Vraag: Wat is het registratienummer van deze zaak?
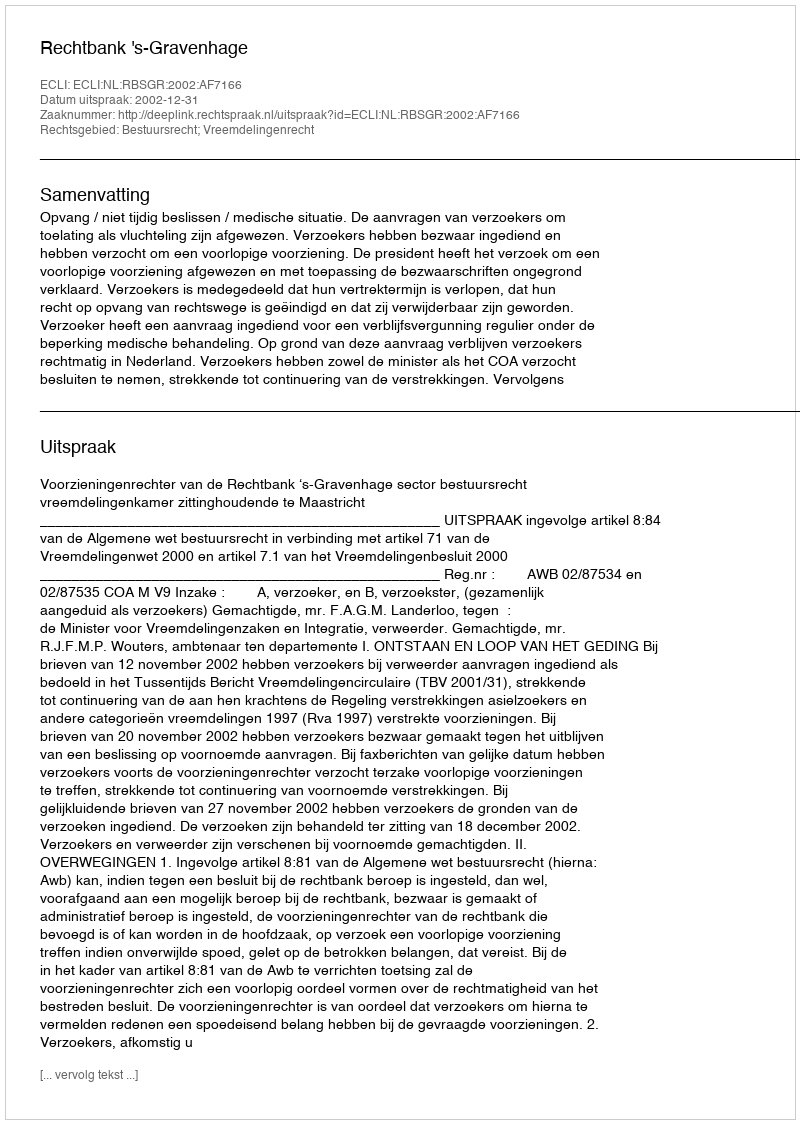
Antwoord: http://deeplink.rechtspraak.nl/uitspraak?id=ECLI:NL:RBSGR:2002:AF7166